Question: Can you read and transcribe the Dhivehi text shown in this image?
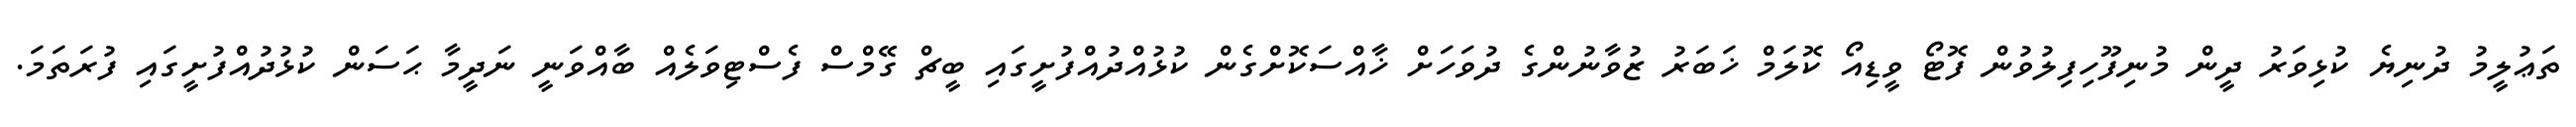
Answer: ތަޢުލީމު ދުނިޔެ ކުޅިވަރު ދީން މުނިފޫހިފިލުވުން ފޮޓޯ ވީޑިއޯ ކޮލަމް ޚަބަރު ޒުވާނުންގެ ދުވަހަށް ޚާއްސަކޮށްގެން ކުޅުއްދުއްފުށީގައި ބީޗް ގޭމްސް ފެސްޓިވަލެއް ބާއްވަނީ ނަދީމާ ޙަސަން ކުޅުދުއްފުށީގައި ފުރަތަމަ.